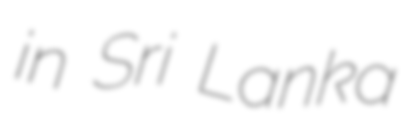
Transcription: in Sri Lanka